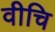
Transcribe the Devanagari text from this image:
वीचि